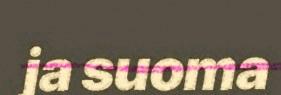
ja suoma